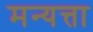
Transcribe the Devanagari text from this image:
मन्यत्ता